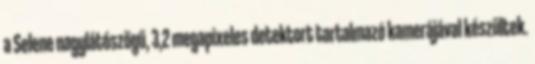
a Selene nagylátószögű, 3,2 megapixeles detektort tartalmazó kamerájával készültek.